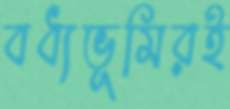
বধ্যভূমিরই